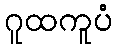
ဂူထကူပံ